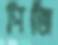
পিজি